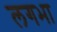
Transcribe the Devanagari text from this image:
लगभा